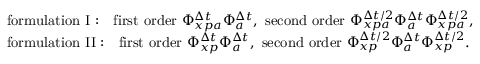
\begin{array} { r l } & { \mathrm { f o r m u l a t i o n ~ I : } \quad \mathrm { f i r s t ~ o r d e r } \ \Phi _ { x p a } ^ { \Delta t } \Phi _ { a } ^ { \Delta t } , \ \mathrm { s e c o n d ~ o r d e r } \ \Phi _ { x p a } ^ { \Delta t / 2 } \Phi _ { a } ^ { \Delta t } \Phi _ { x p a } ^ { \Delta t / 2 } , } \\ & { \mathrm { f o r m u l a t i o n ~ I I : } \quad \mathrm { f i r s t ~ o r d e r } \ \Phi _ { x p } ^ { \Delta t } \Phi _ { a } ^ { \Delta t } , \ \mathrm { s e c o n d ~ o r d e r } \ \Phi _ { x p } ^ { \Delta t / 2 } \Phi _ { a } ^ { \Delta t } \Phi _ { x p } ^ { \Delta t / 2 } . } \end{array}